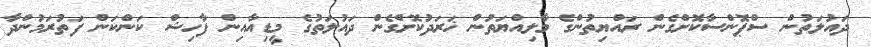
ދައުލަތުން ސްޕޮންސާކޮށްގެން ރައްޔިތުންގެ މާލިއްޔަތުން ޚަރަދުކޮށްގެން ދައުލަތުގެ މީޑިއާއިން ފާހިޝް ކަންކަން ފަތުރަމުންދާ